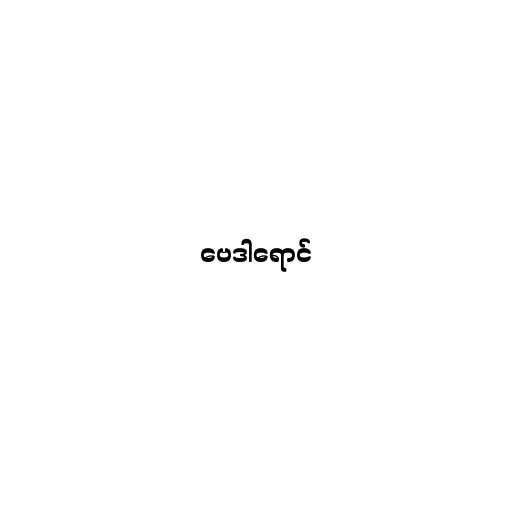
ဗေဒါရောင်